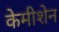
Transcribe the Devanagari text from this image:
केमीशेन